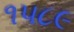
૧૫૮૯